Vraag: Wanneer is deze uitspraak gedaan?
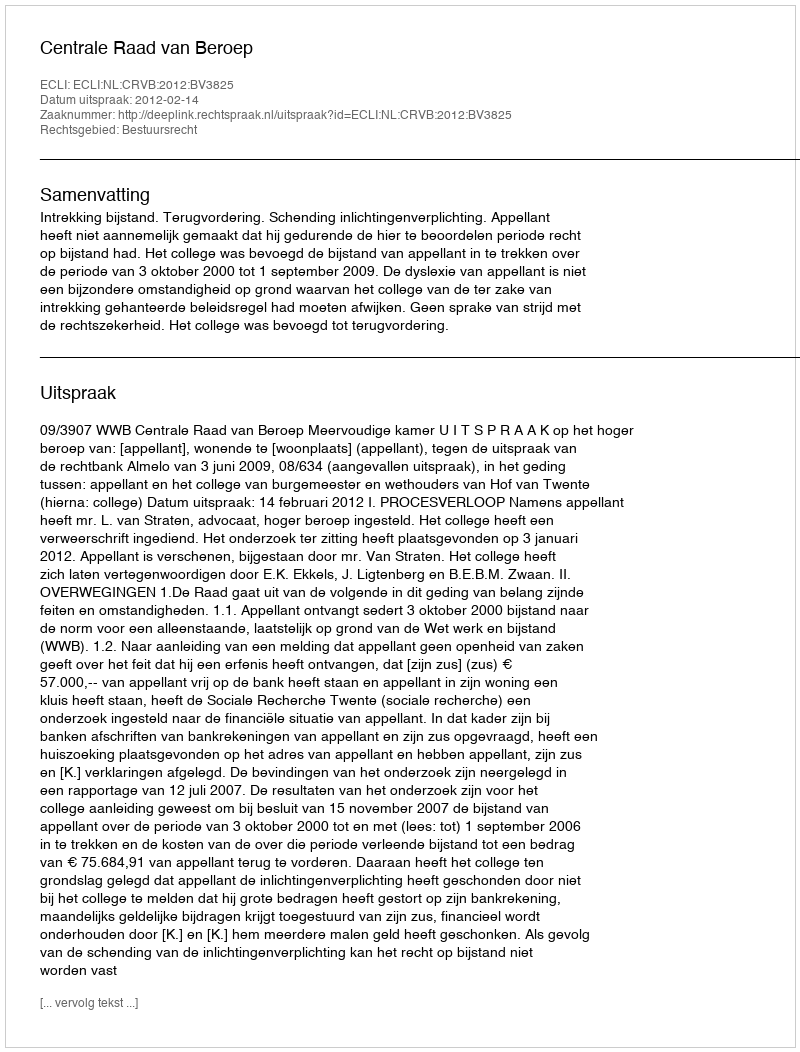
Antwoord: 2012-02-14